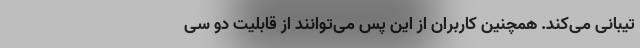
تیبانی می‌کند. همچنین کاربران از این پس می‌توانند از قابلیت دو سی